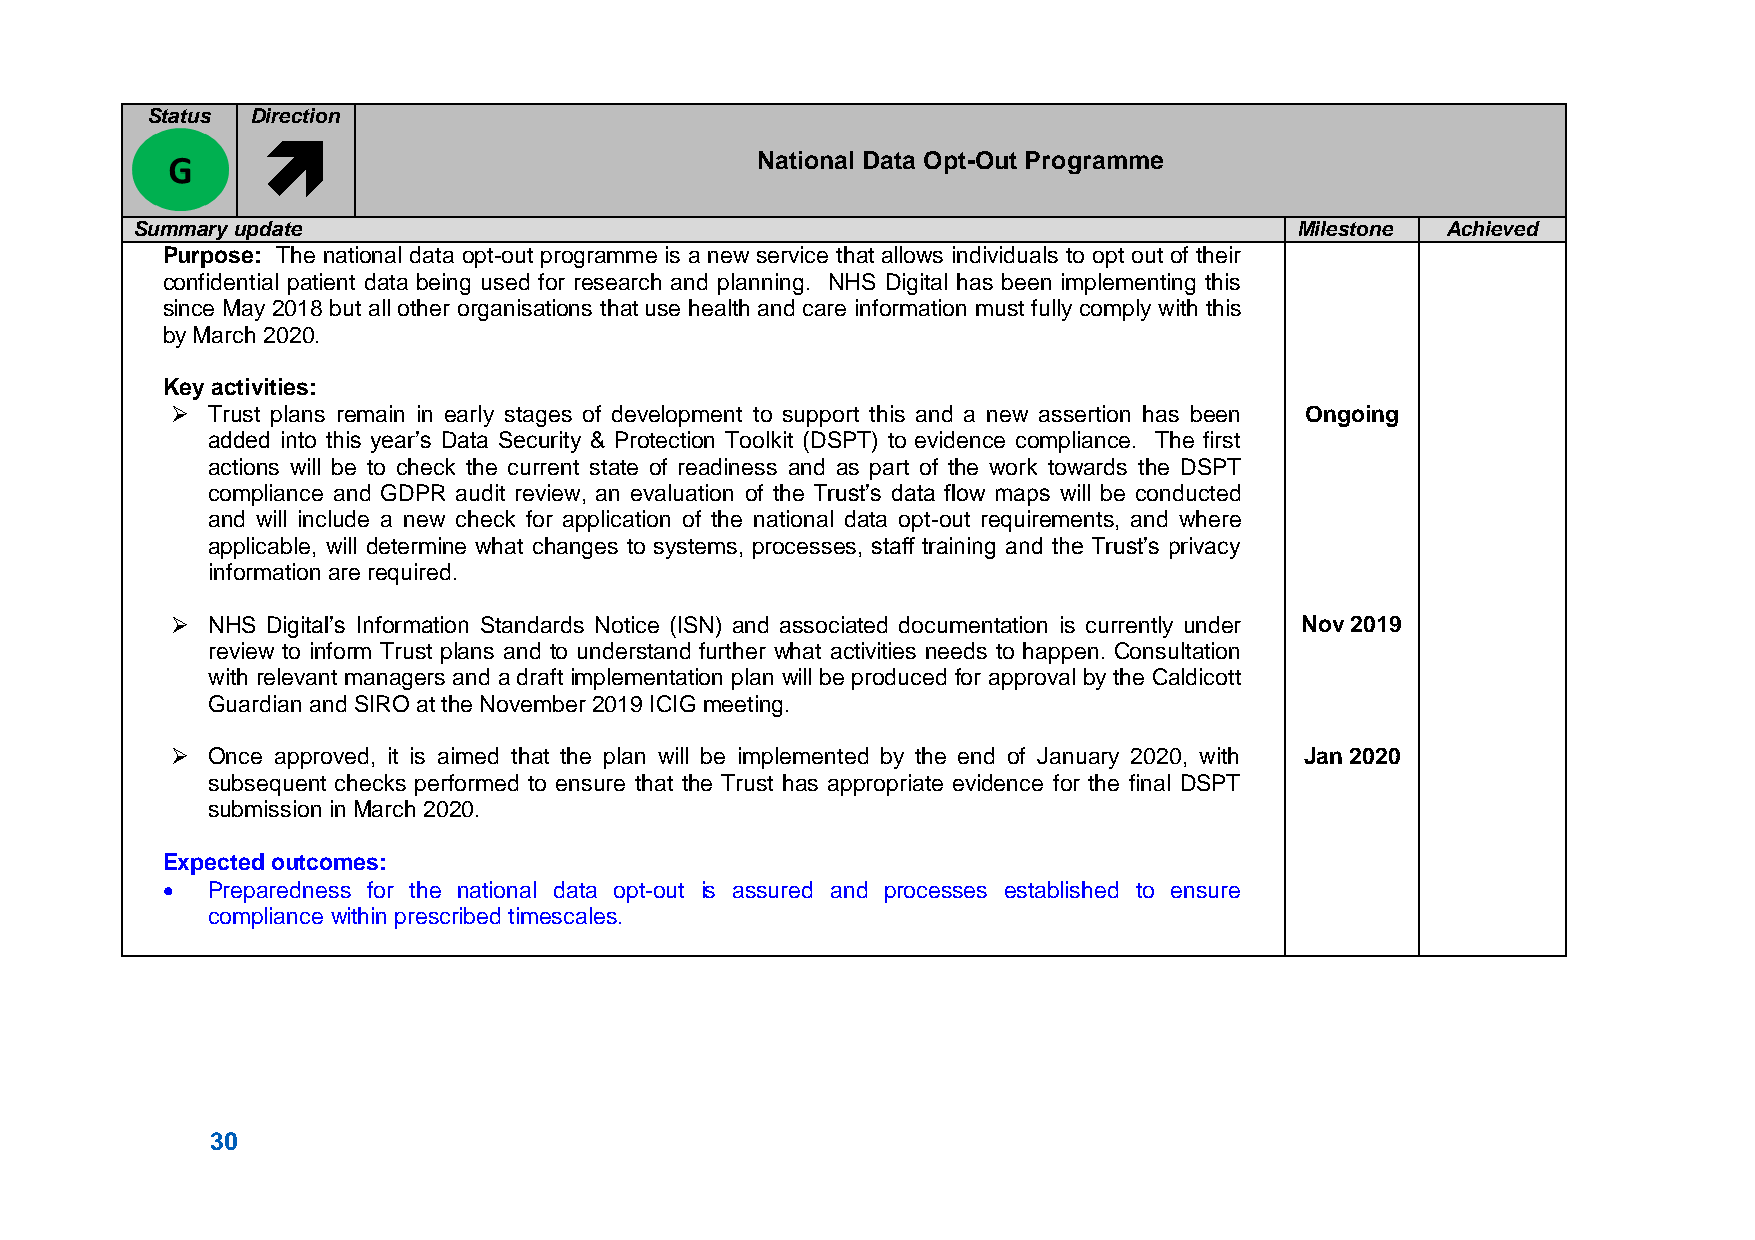
Status Direction
 
 National Data Opt-Out Programme
 Summary update                                                               Milestone Achieved
 Purpose: The national data opt-out programme is a new service that allows individuals to opt out of their
 confidential patient data being used for research and planning. NHS Digital has been implementing this
 since May 2018 but all other organisations that use health and care information must fully comply with this
 by March 2020.
 Key activities:
   Trust plans remain in early stages of development to support this and a new assertion has been Ongoing
 added into this year’s Data Security & Protection Toolkit (DSPT) to evidence compliance. The first
 actions will be to check the current state of readiness and as part of the work towards the DSPT
 compliance and GDPR audit review, an evaluation of the Trust’s data flow maps will be conducted
 and will include a new check for application of the national data opt-out requirements, and where
 applicable, will determine what changes to systems, processes, staff training and the Trust’s privacy
 information are required.
   NHS Digital’s Information Standards Notice (ISN) and associated documentation is currently under Nov 2019
 review to inform Trust plans and to understand further what activities needs to happen. Consultation
 with relevant managers and a draft implementation plan will be produced for approval by the Caldicott
 Guardian and SIRO at the November 2019 ICIG meeting.
   Once approved, it is aimed that the plan will be implemented by the end of January 2020, with Jan 2020
 subsequent checks performed to ensure that the Trust has appropriate evidence for the final DSPT
 submission in March 2020.
 Expected outcomes:
   Preparedness for the national data opt-out is assured and processes established to ensure
 compliance within prescribed timescales.
 30